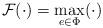
LaTeX: \begin{align*} \mathcal F(\cdot) = \max_{e\in\Phi}(\cdot)\end{align*}